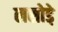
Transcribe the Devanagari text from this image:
लसोडे़